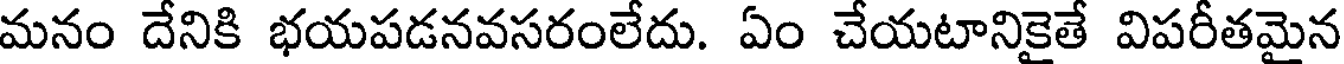
మనం దేనికి భయపడనవసరంలేదు. ఏం చేయటానికైతే విపరీతమైన